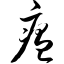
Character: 瘟